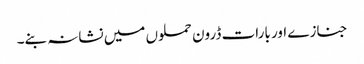
جنازے اور بارات ڈرون حملوں میں نشانہ بنے۔